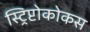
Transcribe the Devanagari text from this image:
स्ट्रिप्टोकोकस